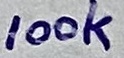
Text: 100k